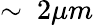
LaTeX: \sim~2\mu m